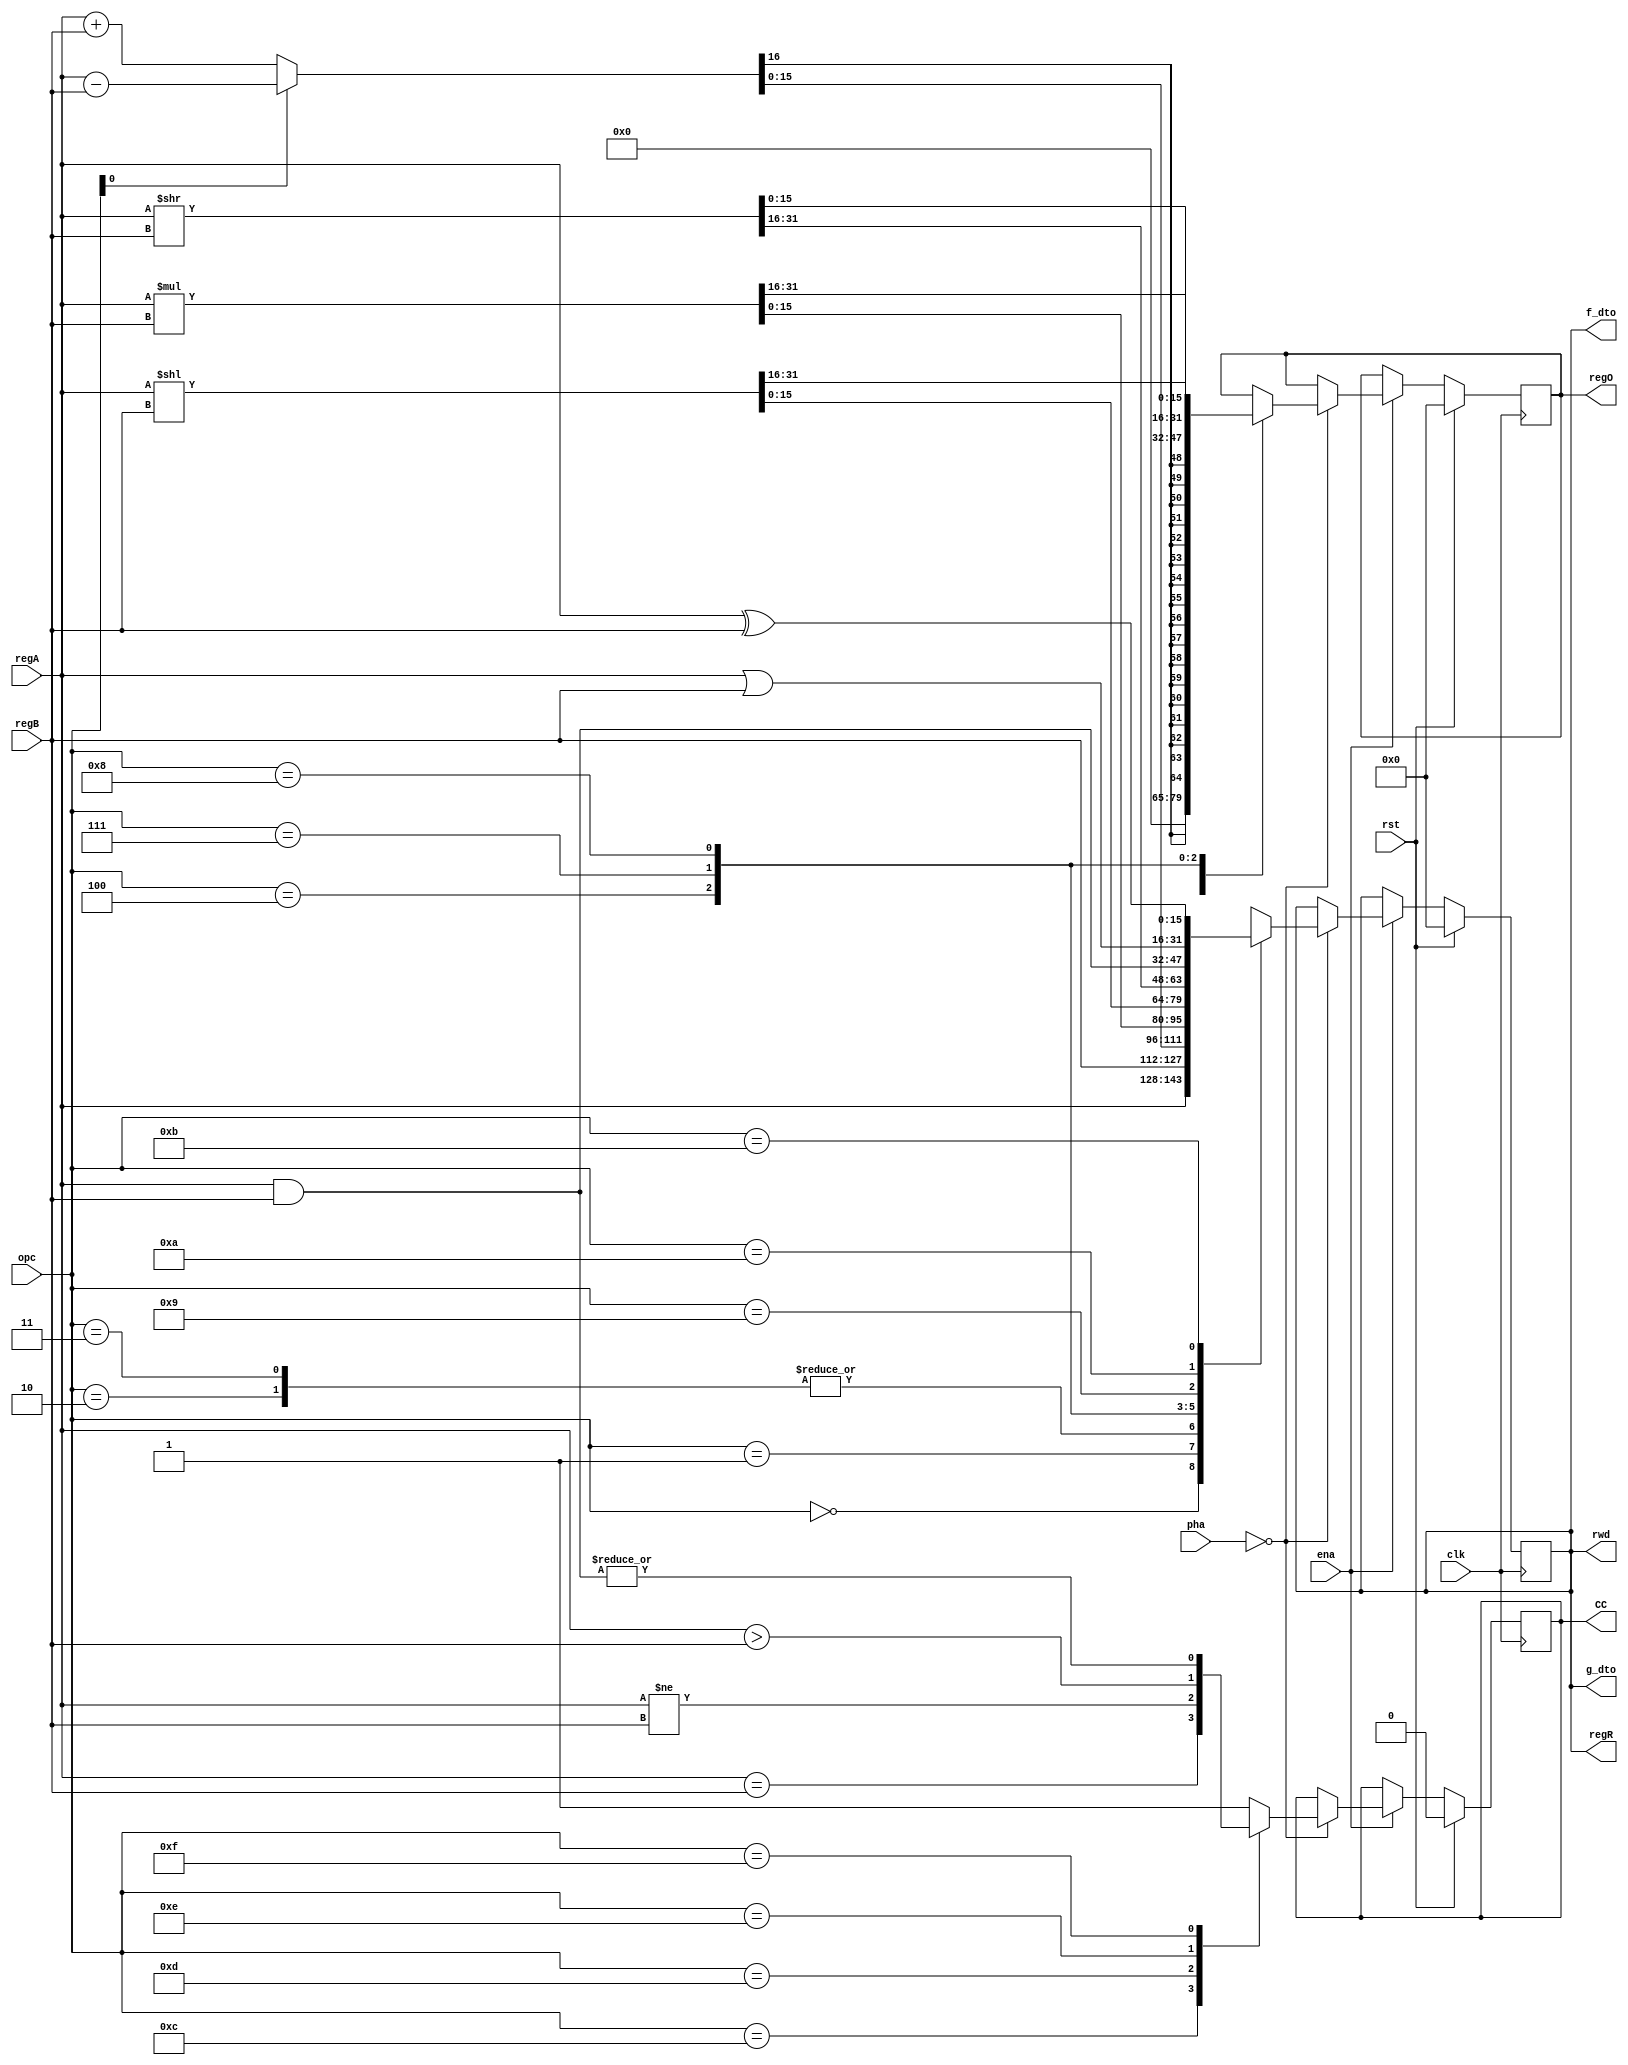
module dcpu16_alu (/*AUTOARG*/
   // Outputs
   f_dto, g_dto, rwd, regR, regO, CC,
   // Inputs
   regA, regB, opc, clk, rst, ena, pha
   );

   output [15:0] f_dto,
		 g_dto,
		 rwd;
   
   output [15:0] regR,
		 regO;
   output 	 CC;   
   
   input [15:0]  regA,
		 regB;   
   
   input [3:0] 	 opc;
   
   input 	 clk,
		 rst,
		 ena;

   input [1:0] 	 pha;   

   wire [15:0] 	 src, // a
		 tgt; // b
   
   /*AUTOREG*/
   // Beginning of automatic regs (for this module's undeclared outputs)
   reg			CC;
   reg [15:0]		regO;
   reg [15:0]		regR;
   // End of automatics

   reg 		c;
   reg [15:0] 	add;
   reg [33:0] 	mul;	
   reg [31:0] 	shl,
		shr;   
   
   assign f_dto = regR;
   assign g_dto = regR;   
   assign rwd = regR;   
   
   assign src = regA;
   assign tgt = regB;   

   // adder
   always @(/*AUTOSENSE*/opc or src or tgt) begin
      {c,add} <= (~opc[0]) ? (src + tgt) : (src - tgt);
      mul <= {1'b0,src} * {1'b0,tgt};
      shl <= src << tgt;
      shr <= src >> tgt;      
   end

   
   always @(posedge clk)
     if (rst) begin
	/*AUTORESET*/
	// Beginning of autoreset for uninitialized flops
	CC <= 1'h0;
	regO <= 16'h0;
	regR <= 16'h0;
	// End of automatics
     end else if (ena) begin

	// 0x1: SET a, b - sets a to b
	// 0x2: ADD a, b - sets a to a+b, sets O to 0x0001 if there's an overflow, 0x0 otherwise
	// 0x3: SUB a, b - sets a to a-b, sets O to 0xffff if there's an underflow, 0x0 otherwise
	// 0x4: MUL a, b - sets a to a*b, sets O to ((a*b)>>16)&0xffff
	// 0x5: DIV a, b - sets a to a/b, sets O to ((a<<16)/b)&0xffff. if b==0, sets a and O to 0 instead.
	// 0x6: MOD a, b - sets a to a%b. if b==0, sets a to 0 instead.
	// 0x7: SHL a, b - sets a to a<<b, sets O to ((a<<b)>>16)&0xffff
	// 0x8: SHR a, b - sets a to a>>b, sets O to ((a<<16)>>b)&0xffff	 
	// 0x9: AND a, b - sets a to a&b
	// 0xa: BOR a, b - sets a to a|b
	// 0xb: XOR a, b - sets a to a^b

	if (pha == 2'o0)
	  case (opc)
	    4'h2: regO <= {15'd0,c};
	    4'h3: regO <= {(16){c}};
	    4'h4: regO <= mul[31:16];
	    4'h7: regO <= shl[31:16];
	    4'h8: regO <= shr[15:0];
	    default: regO <= regO;	    
	  endcase // case (opc)

	if (pha == 2'o0)
	  case (opc)
	    4'h0: regR <= src;
	    4'h1: regR <= tgt;
	    4'h2: regR <= add;
	    4'h3: regR <= add;
	    4'h4: regR <= mul[15:0];
	    4'h7: regR <= shl[15:0];
	    4'h8: regR <= shr[31:16];
	    4'h9: regR <= src & tgt;
	    4'hA: regR <= src | tgt;
	    4'hB: regR <= src ^ tgt;
	    default: regR <= 16'hX;	    
	  endcase // case (opc)	
	
	/*
	if (pha == 2'o0)
	case (opc)

	  4'h0: {regO, regR} <= {regO, src};	  

	  // 0x1: SET a, b - sets a to b
	  4'h1: {regO, regR} <= {regO, tgt};

	  // 0x2: ADD a, b - sets a to a+b, sets O to 0x0001 if there's an overflow, 0x0 otherwise
	  // 0x3: SUB a, b - sets a to a-b, sets O to 0xffff if there's an underflow, 0x0 otherwise
	  // 0x4: MUL a, b - sets a to a*b, sets O to ((a*b)>>16)&0xffff
	  // 0x5: DIV a, b - sets a to a/b, sets O to ((a<<16)/b)&0xffff. if b==0, sets a and O to 0 instead.
	  // 0x6: MOD a, b - sets a to a%b. if b==0, sets a to 0 instead.
	  4'h2, 4'h3: {regO, regR} <= (opc[0]) ? 
				      {{(16){c}},as} : 
				      {15'd0,c,as};	  
	  4'h4: {regO, regR} <= {1'b0,src} * {1'b0,tgt}; // force 17x17 unsigned

	  // 0x7: SHL a, b - sets a to a<<b, sets O to ((a<<b)>>16)&0xffff
	  // 0x8: SHR a, b - sets a to a>>b, sets O to ((a<<16)>>b)&0xffff	 
	  4'h7: {regO, regR} <= src << tgt;
	  4'h8: {regR, regO} <= {src,16'h0} >> tgt;
	  
	  // 0x9: AND a, b - sets a to a&b
	  // 0xa: BOR a, b - sets a to a|b
	  // 0xb: XOR a, b - sets a to a^b
	  4'h9: {regO, regR} <= {regO, src & tgt};
	  4'hA: {regO, regR} <= {regO, src | tgt};
	  4'hB: {regO, regR} <= {regO, src ^ tgt};	  

	  default: {regO, regR} <= {regO, 16'hX};	  
	endcase // case (opc)
	 */
	
	// 0xc: IFE a, b - performs next instruction only if a==b
	// 0xd: IFN a, b - performs next instruction only if a!=b
	// 0xe: IFG a, b - performs next instruction only if a>b
	// 0xf: IFB a, b - performs next instruction only if (a&b)!=0	  	  
	  
	if (pha == 2'o0)
	  case (opc)
	    4'hC: CC <= (src == tgt);
	    4'hD: CC <= (src != tgt);
	    4'hE: CC <= (src > tgt);
	    4'hF: CC <= |(src & tgt);
	    default: CC <= 1'b1;	  
	  endcase // case (opc)
	
     end
   
endmodule